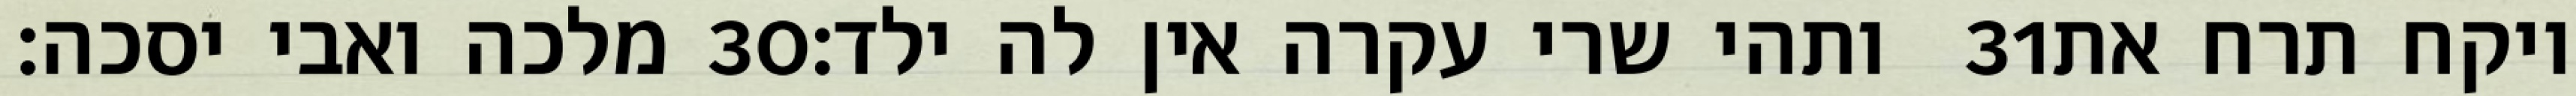
מלכה ואבי יסכה׃ ‎30‏ ותהי שרי עקרה אין לה ילד׃ ‎31‏ ויקח תרח את